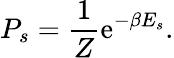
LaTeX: P_{s}={\frac{1}{Z}}\mathrm{e}^{-\beta E_{s}}.